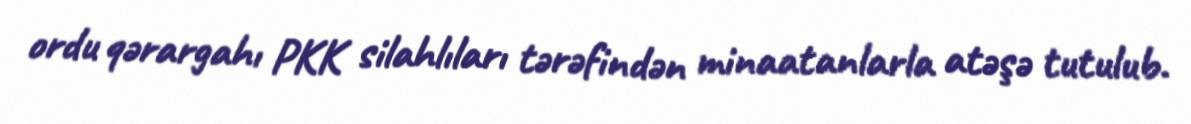
ordu qərargahı PKK silahlıları tərəfindən minaatanlarla atəşə tutulub.